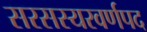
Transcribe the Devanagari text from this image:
सरसस्यरवर्णपद